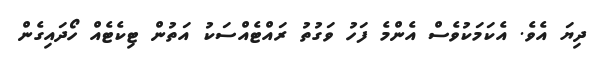
ދިޔަ އެވެ. އެކަމަކުވެސް އެންމެ ފަހު ވަގުތު ރައްޓެއްސަކު އަތުން ޓިކެޓެއް ހޯދައިގެން